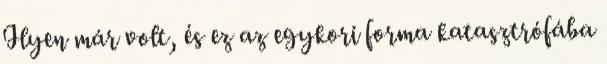
Ilyen már volt, és ez az egykori forma katasztrófába